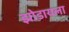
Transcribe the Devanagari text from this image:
झोडायला